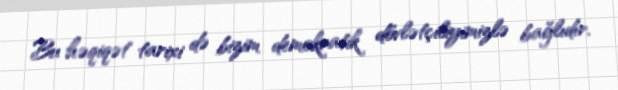
Bu həqiqət tarixi də bizim demokratik dövlətçiliyimizlə bağlıdır.